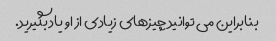
بنابراین می توانید چیزهای زیادی از او یاد بگیرید.